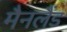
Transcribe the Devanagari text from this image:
मैनलैंड